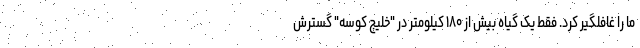
ما را غافلگیر کرد. فقط یک گیاه بیش از ۱۸۰ کیلومتر در "خلیج کوسه" گسترش